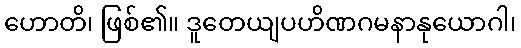
ဟောတိ၊ ဖြစ်၏။ ဒူတေယျပဟိဏဂမနာနုယောဂါ၊